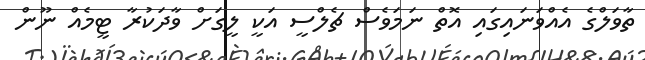
ތާވަލްގެ އެއްވަނައިގައި އޮތް ނަމަވެސް ޗެލްސީ އަކީ ލީގަށް ވާދަކުރާ ޓީމެއް ނޫން